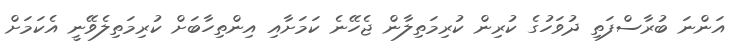
އަންނަ ބުރާސްފަތި ދުވަހުގެ ކުރިން ކުރިމަތިލާން ޖެހޭނެ ކަމަށާއި އިންތިހާބަށް ކުރިމަތިލެވޭނީ އެކަމަށް